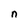
Character: n